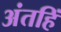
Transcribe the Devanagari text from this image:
अंतहिं